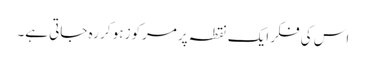
اس کی فکر ایک نقطہ پر مرکوز ہو کر رہ جاتی ہے۔